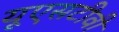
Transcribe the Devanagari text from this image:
यूएसटीवी